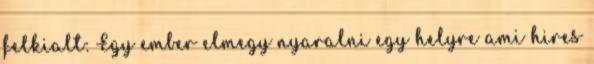
felkialt: Egy ember elmegy nyaralni egy helyre ami hires